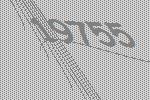
19755